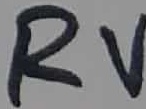
Text: RV